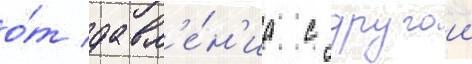
о́т давл'е́н'иа с другои